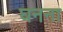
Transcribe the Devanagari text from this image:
घनना